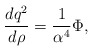
\begin{align*}{dq^{2} \over d\rho} = { 1 \over \alpha^{4}} \Phi,\end{align*}